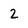
Character: 2